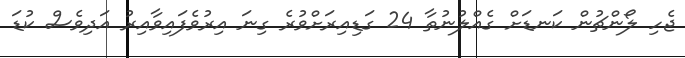
ޖެހި ލޯންޗުން ކަނޑަށް ގެއްލުނުތާ 24 ގަޑިއިރަށްވުރެ ގިނަ އިރުވެފައިވާއިރު އަދިވެސް ކުޑަ